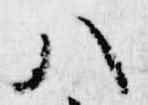
八